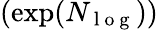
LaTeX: (\exp(N_{\mathrm{~l~o~g~}}))